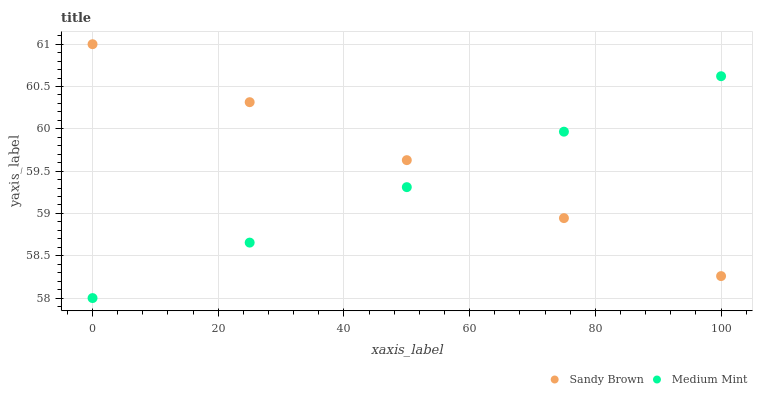
| xaxis_label | Sandy Brown | Medium Mint |
 | --- | --- | --- |
 | 0 | 61 | 58 |
 | 25 | 60.3 | 58.7 |
 | 50 | 59.6 | 59.3 |
 | 75 | 58.9 | 60 |
 | 100 | 58.3 | 60.6 |